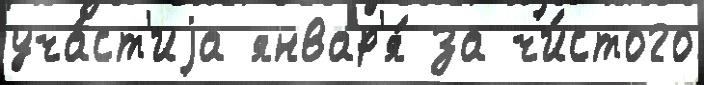
уча́ст'иjа январ'я́ за чи́стого